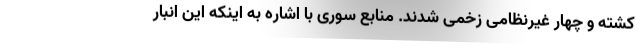
کشته و چهار غیرنظامی زخمی شدند. منابع سوری با اشاره به اینکه این انبار